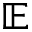
\mathbb { E }